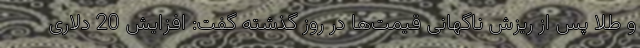
و طلا پس از ریزش ناگهانی قیمت‌ها در روز گذشته گفت: افزایش 20 دلاری